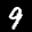
Label: 9